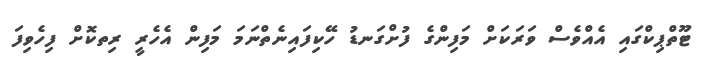
ޓޫތްޕިކްގައި އެއްވެސް ވަރަކަށް މަފިންގެ ފުށްގަނޑު ހޭކިފައިނެތްނަމަ މަފިން އެހެރީ ރިތކޮށް ފިހެވިފަ